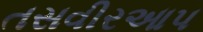
તસવીરઆપ